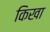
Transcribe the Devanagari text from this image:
किखा